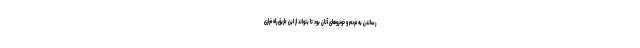
رساندن به مردم و خودروهای آنان بود تا بتواند از این طریق راه فراری